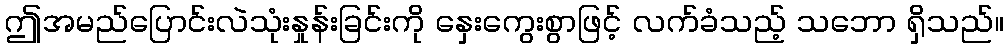
ဤအမည်ပြောင်းလဲသုံးနှုန်းခြင်းကို နှေးကွေးစွာဖြင့် လက်ခံသည့် သဘော ရှိသည်။